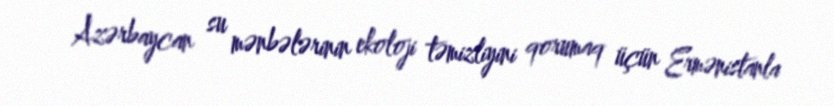
Azərbaycan su mənbələrinin ekoloji təmizliyini qorumaq üçün Ermənistanla